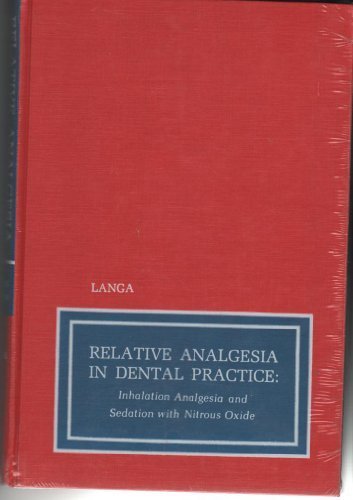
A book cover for Relative Analgesia in Dental Practice; Harry Langa; Medical Books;